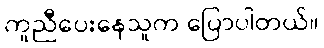
ကူညီပေးနေသူက ပြောပါတယ်။